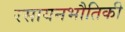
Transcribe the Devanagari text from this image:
रसायनभौतिकी